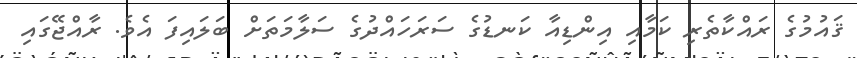
ޤައުމުގެ ރައްކާތެރި ކަމާއި އިންޑިއާ ކަނޑުގެ ސަރަހައްދުގެ ސަލާމަތަށް ބަލައިފަ އެވެ. ރާއްޖޭގައި